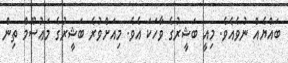
ބައްޔެއް ނުވެއެވެ. މިއީ ބަޝީރުގެ ވާހަކަ އެވެ. މިއަށްވުރެ ބަޝީރުގެ މަޢުސޫމް ތިން